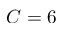
C = 6